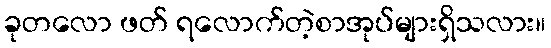
ခုတလော ဖတ် ရလောက်တဲ့စာအုပ်များရှိသလား။